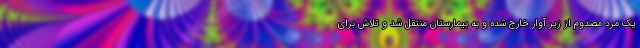
یک مرد مصدوم از زیر آوار خارج شده و به بیمارستان منتقل شد و تلاش برای